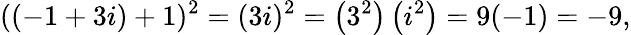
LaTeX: ((-1+3i)+1)^{2}=(3i)^{2}=\left(3^{2}\right)\left(i^{2}\right)=9(-1)=-9,